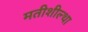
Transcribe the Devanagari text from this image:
मतीशील्था